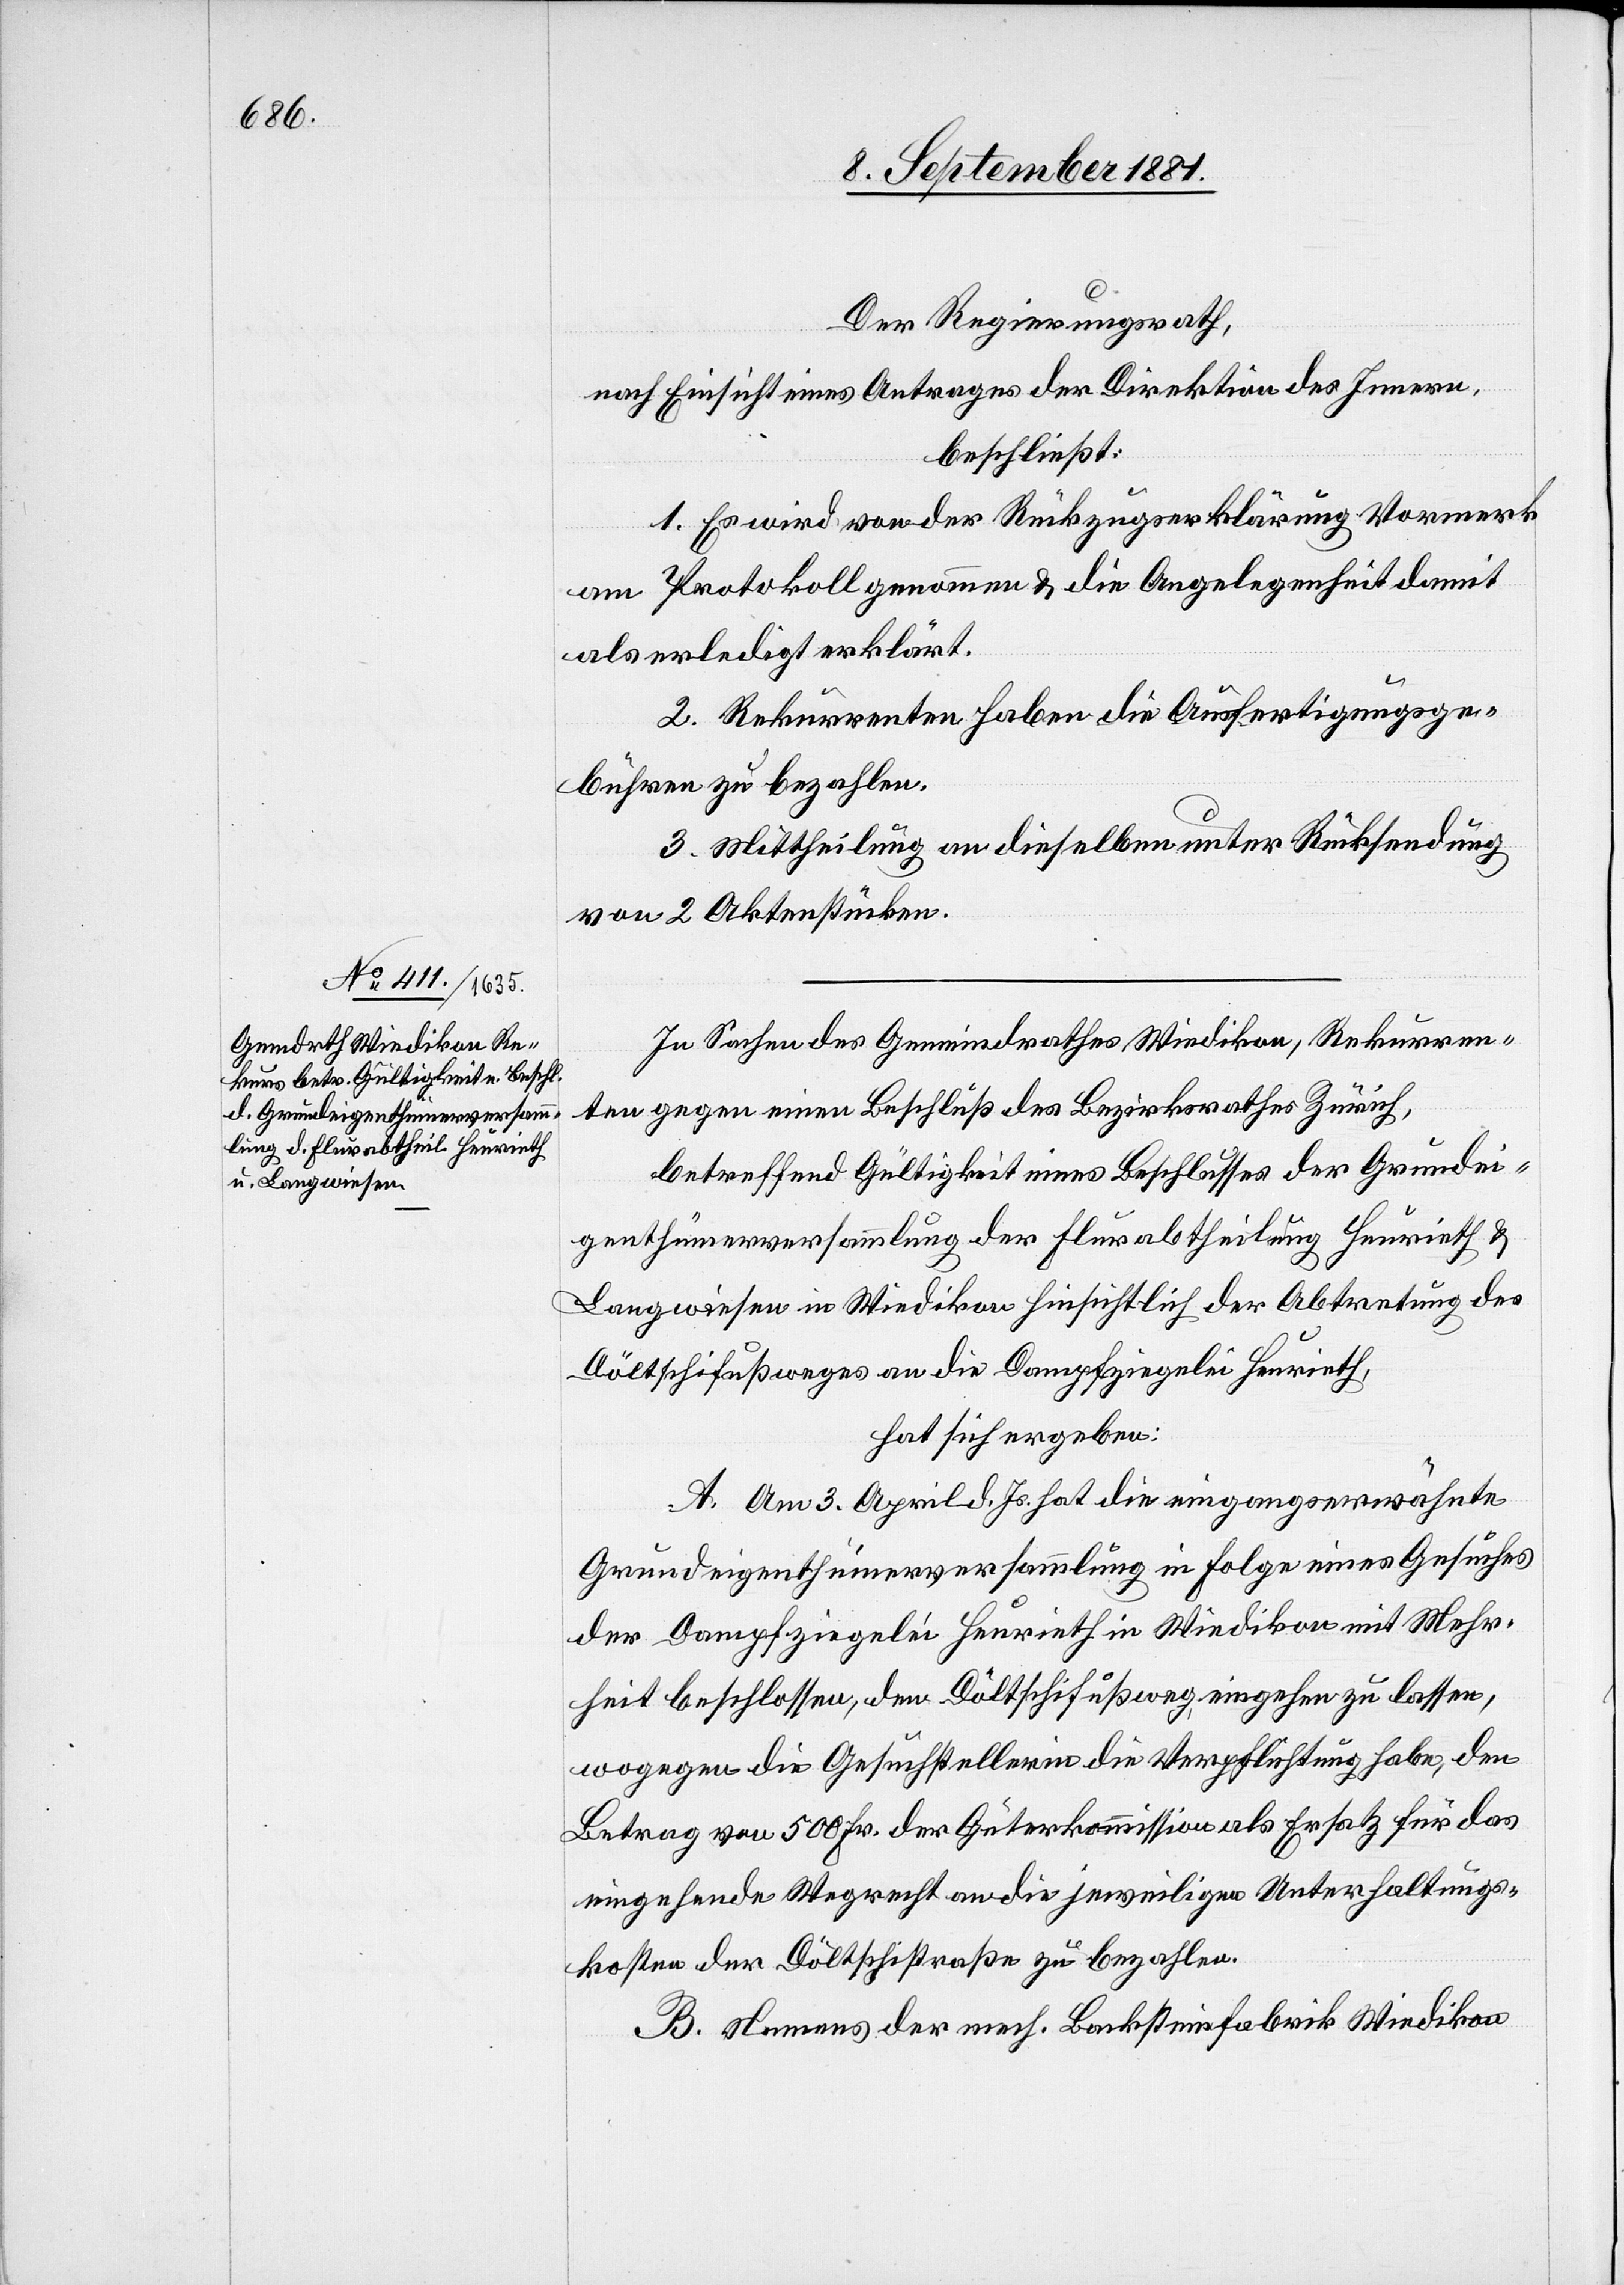
Der Regierungsrath,
nach Einsicht eines Antrages der Direktion des Innern,
beschließt:
1. Es wird von der Rückzugserklärung Vormerk
am Protokoll genommen & die Angelegenheit damit
als erledigt erklärt.
2. Rekurrenten die Ausfertigungsge¬
bühren zu bezahlen.
3. Mittheilung an dieselben unter Rücksendung
von 2 Aktenstücken.
In Sachen des Gemeindrathes Wiedikon, Rekurren¬
ten gegen einen Beschluß des Bezirksrathes Zürich,
betreffend Gültigkeit eines Beschlusses der Grundei¬
genthümerversammlung der Flurabtheilung Heuwirth &
Langwiesen in Wiedikon hinsichtlich der Abtretung des
Döltschifußweges an die Dampfziegelei Heurieth,
hat sich ergeben:
A. Am 3. April d. Js. hat die eingangs erwähnte
Grundeigenthümerversammlung in Folge eines Gesuches
der Dampfziegelei Heurieth in Wiedikon mit Mehr¬
heit beschlossen, dem Döltschifußweg, eingehen zu lassen,
wogegen die Gesuchstellerin die Verpflichtung habe, den
Betrag von 500 Fr. der Güterkommission als Ersatz für das
eingehende Wegrecht an die jeweiligen Unterhaltungs¬
kosten der Döltschistraße zu bezahlen.
B. Namens der mech. Backsteinfabrik Wiedikon